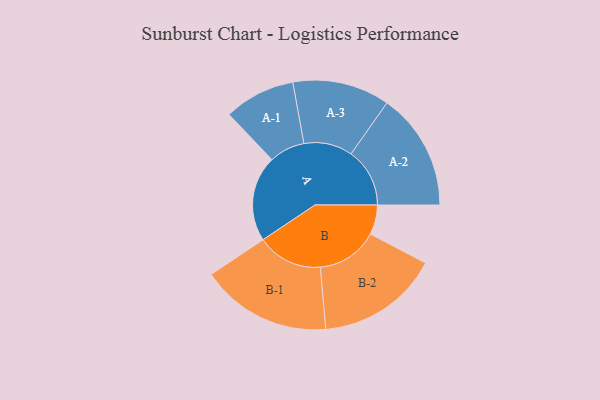
{"axis": {"x": "Segment", "y": "Value"}, "legend": ["", "A", "B"], "data": [{"x": "A", "y": 316, "type": ""}, {"x": "B", "y": 109, "type": ""}, {"x": "A-1", "y": 131, "type": "A"}, {"x": "A-2", "y": 216, "type": "A"}, {"x": "A-3", "y": 179, "type": "A"}, {"x": "B-1", "y": 241, "type": "B"}, {"x": "B-2", "y": 226, "type": "B"}]}